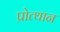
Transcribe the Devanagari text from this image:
प्रोत्थान